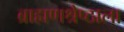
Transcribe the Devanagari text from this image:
ब्राह्मणश्रेष्ठाला